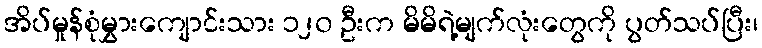
အိပ်မှုန်စုံမွှားကျောင်းသား ၁၂၀ ဦးက မိမိရဲ့မျက်လုံးတွေကို ပွတ်သပ်ပြီး၊